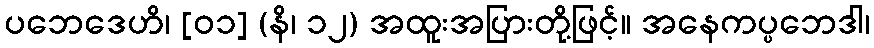
ပဘေဒေဟိ၊ [၀၁] (နိ၊ ၁၂) အထူးအပြားတို့ဖြင့်။ အနေကပ္ပဘေဒါ၊